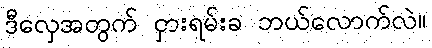
ဒီလှေအတွက် ငှားရမ်းခ ဘယ်လောက်လဲ။